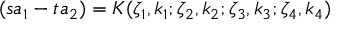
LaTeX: ( s a _ { 1 } - t a _ { 2 } ) = K ( \zeta _ { 1 } , k _ { 1 } ; \zeta _ { 2 } , k _ { 2 } ; \zeta _ { 3 } , k _ { 3 } ; \zeta _ { 4 } , k _ { 4 } )